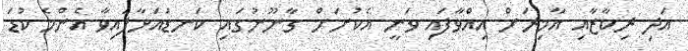
އަދި ރިކާޒާއި އާމިރަށް އިއްވާފައި ވަނީ އެކުށަށް ގާނޫނުގައި ކަނޑައަޅާފައިވާ އެންމެ ކުޑަ